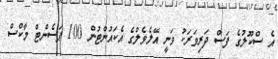
އެ ސްކޫލުގެ ފަސް ދަރިވަރަކު ވަނީ އޭލެވެލްގެ އެކައުންޓުން 100 ޕަސެންޓް މާކްސް